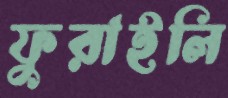
ফুরাইলি